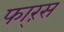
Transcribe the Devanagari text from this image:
फा्रंस